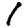
Digit: 1